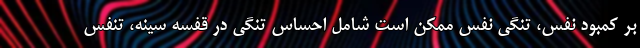
بر کمبود نفس، تنگی نفس ممکن است شامل احساس تنگی در قفسه سینه، تنفس